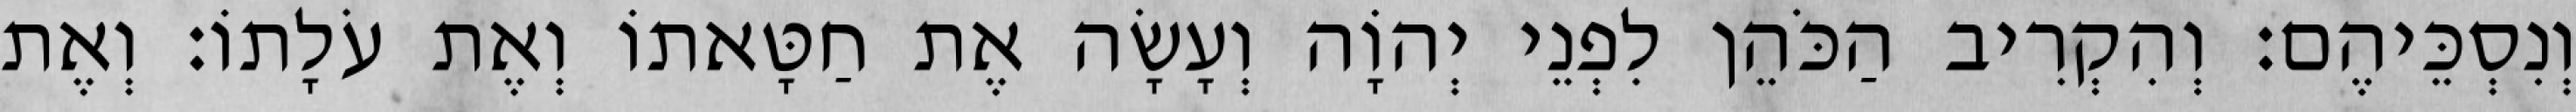
וְנִסְכֵּיהֶם׃ וְהִקְרִיב הַכֹּהֵן לִפְנֵי יְהוָֹה וְעָשָׂה אֶת חַטָּאתוֹ וְאֶת עֹלָתוֹ׃ וְאֶת